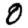
Digit: 0